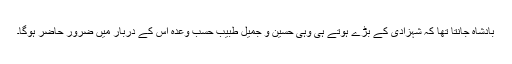
بادشاہ جانتا تھا کہ شہزادی کے بڑے ہوتے ہی وہی حسین و جمیل طبیب حسب وعدہ اس کے دربار میں ضرور حاضر ہوگا۔